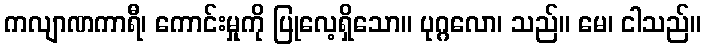
ကလျာဏကာရီ၊ ကောင်းမှုကို ပြုလေ့ရှိသော။ ပုဂ္ဂလော၊ သည်။ မေ၊ ငါသည်။